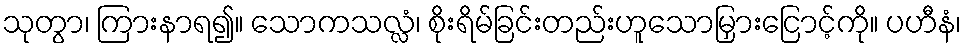
သုတွာ၊ ကြားနာရ၍။ သောကသလ္လံ၊ စိုးရိမ်ခြင်းတည်းဟူသောမြှားငြောင့်ကို။ ပဟီနံ၊